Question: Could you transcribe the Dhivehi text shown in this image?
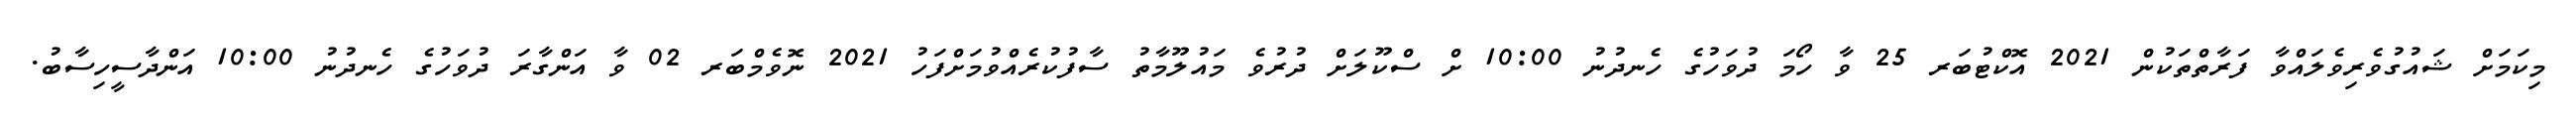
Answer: މިކަމަށް ޝައުގުވެރިވެލައްވާ ފަރާތްތަކުން 2021 އޮކްޓުބަރ 25 ވާ ހޯމަ ދުވަހުގެ ހެނދުނު 10:00 ށް ސްކޫލަށް ދުރުވެ މައުލޫމާތު ސާފުކުރެއްވުމަށްފަހު 2021 ނޮވެމްބަރ 02 ވާ އަންގާރަ ދުވަހުގެ ހެނދުނު 10:00 އަންދާސީހިސާބު.